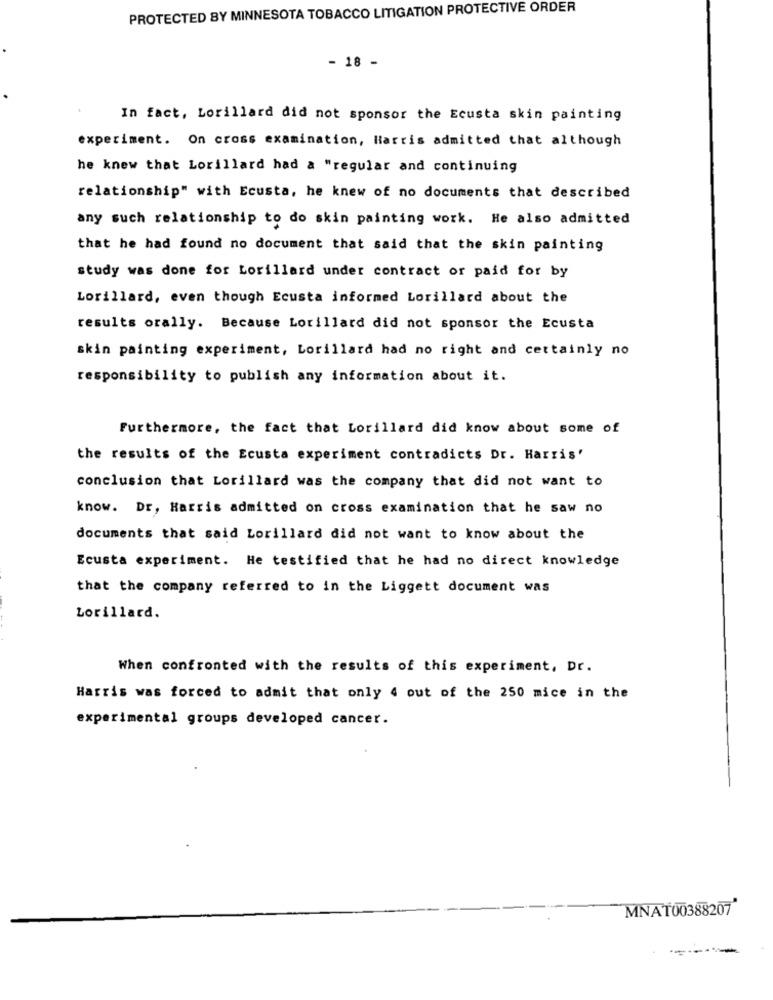
PROTECTED BY MINNESOTA TOBACCO LITIGATION PROTECTIVE ORDER
- 18 -
In fact, Lorillard did not sponsor the Ecusta skin painting
experiment. On cross examination, Harris admitted that although
he knew that Lorillard had a "regular and continuing
relationship" with Ecusta, he knew of no documents that described
any such relationship to do skin painting work. He also admitted
that he had found no document that said that the skin painting
study was done for Lorillard under contract or paid for by
Lorillard, even though Ecusta informed Lorillard about the
results orally. Because Lorillard did not sponsor the Ecusta
skin painting experiment, Lorillard had no right and certainly no
responsibility to publish any information about it.
Furthermore, the fact that Lorillard did know about some of
the results of the Ecusta experiment contradicts Dr. Harris'
conclusion that Lorillard was the company that did not want to
know. Dr, Harris admitted on cross examination that he saw no
documents that said Lorillard did not want to know about the
Ecusta experiment. He testified that he had no direct knowledge
that the company referred to in the Liggett document was
Lorillard.
When confronted with the results of this experiment, Dr.
Harris was forced to admit that only 4 out of the 250 mice in the
experimental groups developed cancer.
MNAT00388207